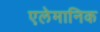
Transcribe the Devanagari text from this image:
एलेमानिक